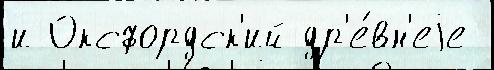
и Оксфордск'ий др'е́вн'еjе